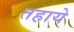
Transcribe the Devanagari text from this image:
तहाये